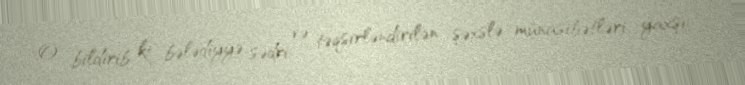
O, bildirib ki, bələdiyyə sədri və təqsirləndirilən şəxslə münasibətləri yaxşı